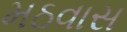
મઠવાસ